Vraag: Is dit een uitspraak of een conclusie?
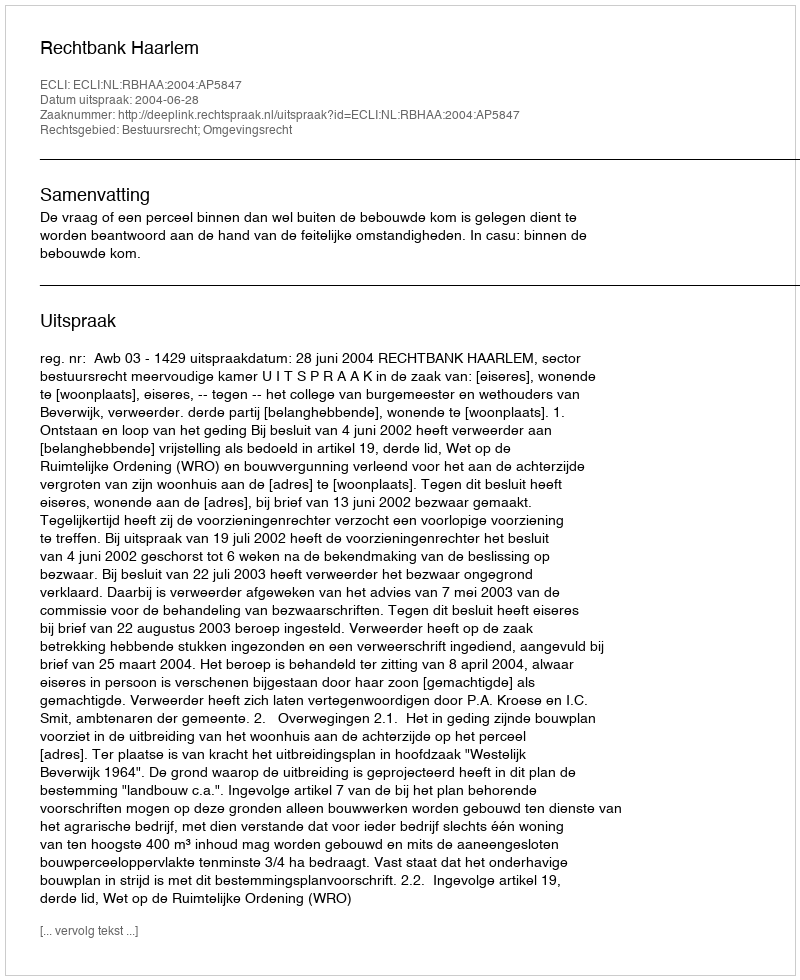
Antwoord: Uitspraak